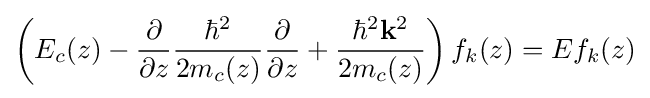
\left(E_{c}(z)-{\frac {\partial }{\partial z}}{\frac {\hbar ^{2}}{2m_{c}(z)}}{\frac {\partial }{\partial z}}+{\frac {\hbar ^{2}\mathbf {k} ^{2}}{2m_{c}(z)}}\right)f_{k}(z)=Ef_{k}(z)